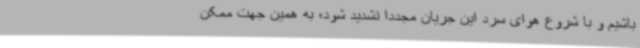
باشیم و با شروع هوای سرد این جریان مجددا تشدید شود؛ به همین جهت ممکن